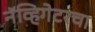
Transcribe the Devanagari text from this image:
नॅव्हिगेटरचा